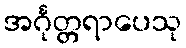
အင်္ဂုတ္တရာပေသု